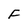
Character: F